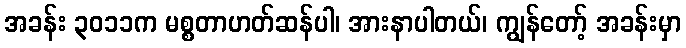
အခန်း ၃၀၁၁က မစ္စတာဟတ်ဆန်ပါ၊ အားနာပါတယ်၊ ကျွန်တော့် အခန်းမှာ